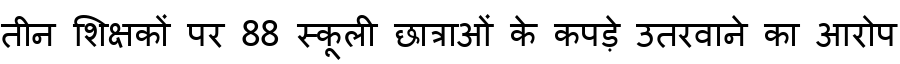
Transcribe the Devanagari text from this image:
तीन शिक्षकों पर 88 स्कूली छात्राओं के कपड़े उतरवाने का आरोप